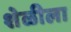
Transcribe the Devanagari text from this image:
शेळीला